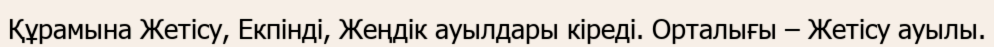
Құрамына Жетісу, Екпінді, Жеңдік ауылдары кіреді. Орталығы – Жетісу ауылы.